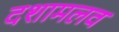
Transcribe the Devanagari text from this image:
दशामलव